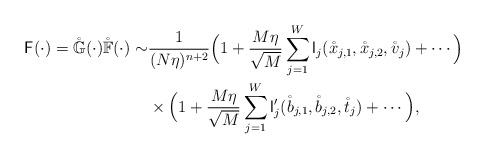
\begin{align*}\mathsf{F}(\cdot)=\mathring{\mathbb{G}}(\cdot)\mathring{\mathbb{F}}(\cdot)\sim &\frac{1}{(N\eta)^{n+2}}\Big(1+\frac{M\eta}{\sqrt{M}}\sum_{j=1}^W \mathsf{l}_j(\mathring{x}_{j,1},\mathring{x}_{j,2},\mathring{v}_j)+\cdots\Big)\\&\times \Big(1+\frac{M\eta}{\sqrt{M}}\sum_{j=1}^W \mathsf{l}'_j(\mathring{b}_{j,1},\mathring{b}_{j,2}, \mathring{t}_j)+\cdots\Big), \end{align*}